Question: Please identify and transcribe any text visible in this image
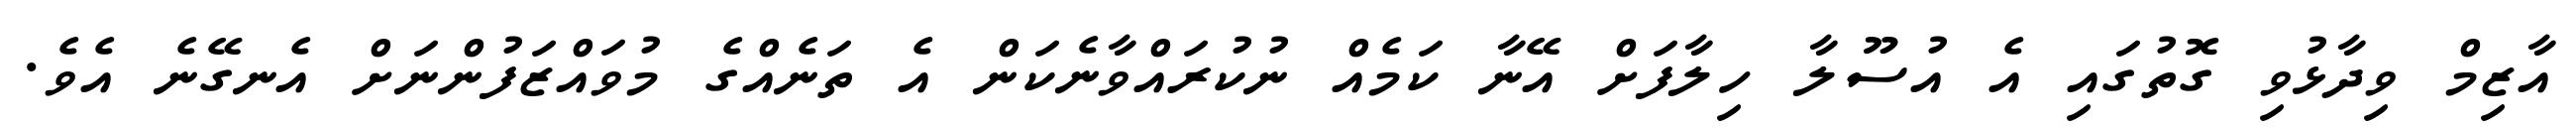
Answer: އާޒިމް ވިދާޅުވި ގޮތުގައި އެ އުސޫލާ ހިލާފަށް އޭނާ ކަމެއް ނުކުރައްވާނެކަން އެ ތަނެއްގެ މުވައްޒަފުންނަށް އެނގޭނެ އެވެ.